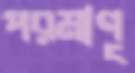
পরমাণূ